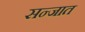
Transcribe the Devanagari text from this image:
सन्जात